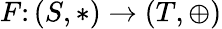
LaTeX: F\colon(S,*)\rightarrow(T,\oplus)